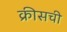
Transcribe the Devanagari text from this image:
क्रीसची